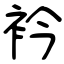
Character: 衿